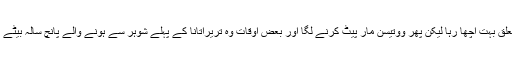
ان کے بقول پہلے پہل یہ تعلق بہت اچھا رہا لیکن پھر ووتیسن مار پیٹ کرنے لگا اور بعض اوقات وہ تریراتانا کے پہلے شوہر سے ہونے والے پانچ سالہ بیٹے کو بھی تشدد کا نشانہ بناتا۔